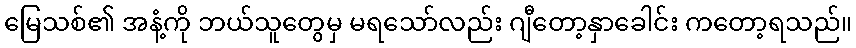
မြေသစ်၏ အနံ့ကို ဘယ်သူတွေမှ မရသော်လည်း ဂျီတော့နှာခေါင်း ကတော့ရသည်။